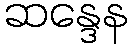
ဆန္ဒေန